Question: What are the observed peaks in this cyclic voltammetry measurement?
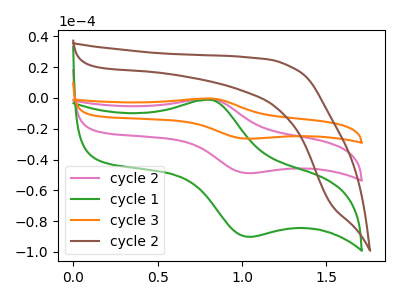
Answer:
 <answer>The pink curve "cycle 2" has an anodic peak at (0.80V, -0.70uA) and a cathodic peak at (1.05V, -48.85uA). The green curve "cycle 1" has an anodic peak at (0.80V, -1.35uA) and a cathodic peak at (1.05V, -90.20uA). The orange curve "cycle 3" has an anodic peak at (0.80V, -1.45uA) and a cathodic peak at (1.05V, -97.75uA). The brown curve "cycle 2" has no peaks.</answer>
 <eval></eval>